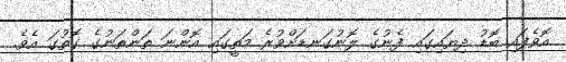
އޮވެފައި ބޮޑު ދިޔައިގައި ފެނުގެ ލޮނުގަނޑަށްވުރެ މަތީގައި އޮންނަ ތަންތަނުގެ ގޮތުގަ އެވެ.